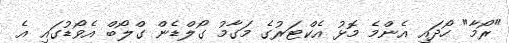
"ރޯމާ" ހޯދައި އެންމެ މޮޅު އެކްޓަރުގެ މަގާމު ގޯލްޑެން ގްލޯބް އެވޯޑުގައި އެ